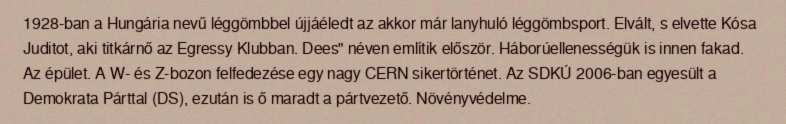
1928-ban a Hungária nevű léggömbbel újjáéledt az akkor már lanyhuló léggömbsport. Elvált, s elvette Kósa Juditot, aki titkárnő az Egressy Klubban. Dees" néven említik először. Háborúellenességük is innen fakad. Az épület. A W- és Z-bozon felfedezése egy nagy CERN sikertörténet. Az SDKÚ 2006-ban egyesült a Demokrata Párttal (DS), ezután is ő maradt a pártvezető. Növényvédelme.